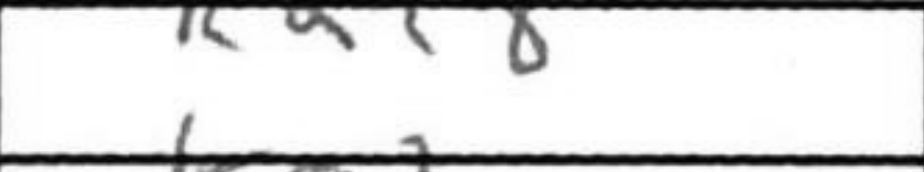
Transcription: Rac8